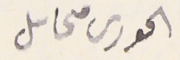
الحورى محاىل